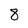
Character: 8